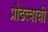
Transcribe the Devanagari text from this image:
प्रौढत्वाची